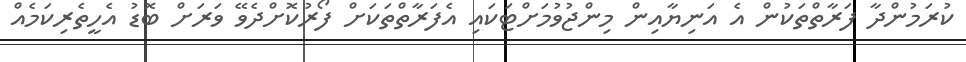
ކުރަމުންދާ ފަރާތްތަކުން އެ އަނިޔާއިން މިންޖުވުމަށްޓަކައި އެފަރާތްތަކަށް ފޯރުކޮށްދެވޭ ވަރަށް ބޮޑު އެހީތެރިކަމެއް